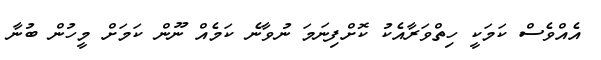
އެއްވެސް ކަމަކީ ހިތްވަރާއެކު ކޮށްފިނަމަ ނުވާނެ ކަމެއް ނޫން ކަމަށް މީހުން ބުނާ